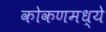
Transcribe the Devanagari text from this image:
कोकणमध्ये